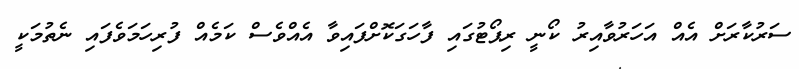
ސަރުކާރަށް އެއް އަހަރުވާއިރު ކޯނީ ރިޕޯޓުގައި ފާހަގަކޮށްފައިވާ އެއްވެސް ކަމެއް ފުރިހަމަވެފައި ނެތުމަކީ